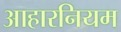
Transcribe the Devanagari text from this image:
आहारनियम